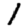
Digit: 1